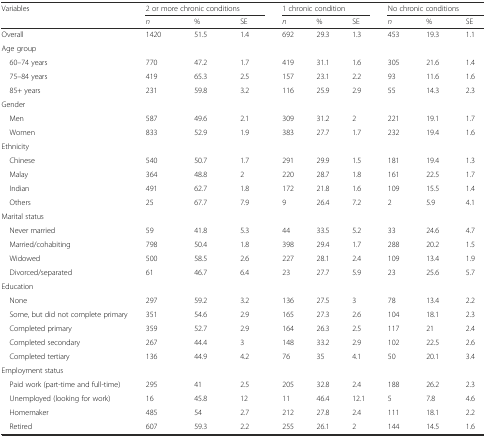
<table><thead><tr><td><b>Variables</b></td><td colspan="3"><b>2 or more chronic conditions</b></td><td colspan="3"><b>1 chronic condition</b></td><td colspan="3"><b>No chronic conditions</b></td></tr><tr><td></td><td><b><i>n</i></b></td><td><b>%</b></td><td><b>SE</b></td><td><b><i>n</i></b></td><td><b>%</b></td><td><b>SE</b></td><td><b><i>n</i></b></td><td><b>%</b></td><td><b>SE</b></td></tr></thead><tbody><tr><td>Overall</td><td>1420</td><td>51.5</td><td>1.4</td><td>692</td><td>29.3</td><td>1.3</td><td>453</td><td>19.3</td><td>1.1</td></tr><tr><td>Age group</td><td></td><td></td><td></td><td></td><td></td><td></td><td></td><td></td><td></td></tr><tr><td> 60–74 years</td><td>770</td><td>47.2</td><td>1.7</td><td>419</td><td>31.1</td><td>1.6</td><td>305</td><td>21.6</td><td>1.4</td></tr><tr><td> 75–84 years</td><td>419</td><td>65.3</td><td>2.5</td><td>157</td><td>23.1</td><td>2.2</td><td>93</td><td>11.6</td><td>1.6</td></tr><tr><td> 85+ years</td><td>231</td><td>59.8</td><td>3.2</td><td>116</td><td>25.9</td><td>2.9</td><td>55</td><td>14.3</td><td>2.3</td></tr><tr><td>Gender</td><td></td><td></td><td></td><td></td><td></td><td></td><td></td><td></td><td></td></tr><tr><td> Men</td><td>587</td><td>49.6</td><td>2.1</td><td>309</td><td>31.2</td><td>2</td><td>221</td><td>19.1</td><td>1.7</td></tr><tr><td> Women</td><td>833</td><td>52.9</td><td>1.9</td><td>383</td><td>27.7</td><td>1.7</td><td>232</td><td>19.4</td><td>1.6</td></tr><tr><td>Ethnicity</td><td></td><td></td><td></td><td></td><td></td><td></td><td></td><td></td><td></td></tr><tr><td> Chinese</td><td>540</td><td>50.7</td><td>1.7</td><td>291</td><td>29.9</td><td>1.5</td><td>181</td><td>19.4</td><td>1.3</td></tr><tr><td> Malay</td><td>364</td><td>48.8</td><td>2</td><td>220</td><td>28.7</td><td>1.8</td><td>161</td><td>22.5</td><td>1.7</td></tr><tr><td> Indian</td><td>491</td><td>62.7</td><td>1.8</td><td>172</td><td>21.8</td><td>1.6</td><td>109</td><td>15.5</td><td>1.4</td></tr><tr><td> Others</td><td>25</td><td>67.7</td><td>7.9</td><td>9</td><td>26.4</td><td>7.2</td><td>2</td><td>5.9</td><td>4.1</td></tr><tr><td>Marital status</td><td></td><td></td><td></td><td></td><td></td><td></td><td></td><td></td><td></td></tr><tr><td> Never married</td><td>59</td><td>41.8</td><td>5.3</td><td>44</td><td>33.5</td><td>5.2</td><td>33</td><td>24.6</td><td>4.7</td></tr><tr><td> Married/cohabiting</td><td>798</td><td>50.4</td><td>1.8</td><td>398</td><td>29.4</td><td>1.7</td><td>288</td><td>20.2</td><td>1.5</td></tr><tr><td> Widowed</td><td>500</td><td>58.5</td><td>2.6</td><td>227</td><td>28.1</td><td>2.4</td><td>109</td><td>13.4</td><td>1.9</td></tr><tr><td> Divorced/separated</td><td>61</td><td>46.7</td><td>6.4</td><td>23</td><td>27.7</td><td>5.9</td><td>23</td><td>25.6</td><td>5.7</td></tr><tr><td>Education</td><td></td><td></td><td></td><td></td><td></td><td></td><td></td><td></td><td></td></tr><tr><td> None</td><td>297</td><td>59.2</td><td>3.2</td><td>136</td><td>27.5</td><td>3</td><td>78</td><td>13.4</td><td>2.2</td></tr><tr><td> Some, but did not complete primary</td><td>351</td><td>54.6</td><td>2.9</td><td>165</td><td>27.3</td><td>2.6</td><td>104</td><td>18.1</td><td>2.3</td></tr><tr><td> Completed primary</td><td>359</td><td>52.7</td><td>2.9</td><td>164</td><td>26.3</td><td>2.5</td><td>117</td><td>21</td><td>2.4</td></tr><tr><td> Completed secondary</td><td>267</td><td>44.4</td><td>3</td><td>148</td><td>33.2</td><td>2.9</td><td>102</td><td>22.5</td><td>2.6</td></tr><tr><td> Completed tertiary</td><td>136</td><td>44.9</td><td>4.2</td><td>76</td><td>35</td><td>4.1</td><td>50</td><td>20.1</td><td>3.4</td></tr><tr><td>Employment status</td><td></td><td></td><td></td><td></td><td></td><td></td><td></td><td></td><td></td></tr><tr><td> Paid work (part-time and full-time)</td><td>295</td><td>41</td><td>2.5</td><td>205</td><td>32.8</td><td>2.4</td><td>188</td><td>26.2</td><td>2.3</td></tr><tr><td> Unemployed (looking for work)</td><td>16</td><td>45.8</td><td>12</td><td>11</td><td>46.4</td><td>12.1</td><td>5</td><td>7.8</td><td>4.6</td></tr><tr><td> Homemaker</td><td>485</td><td>54</td><td>2.7</td><td>212</td><td>27.8</td><td>2.4</td><td>111</td><td>18.1</td><td>2.2</td></tr><tr><td> Retired</td><td>607</td><td>59.3</td><td>2.2</td><td>255</td><td>26.1</td><td>2</td><td>144</td><td>14.5</td><td>1.6</td></tr></tbody></table>